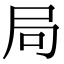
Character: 局